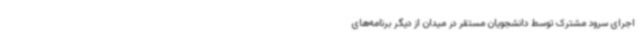
اجرای سرود مشترک توسط دانشجویان مستقر در میدان از دیگر برنامه‌های